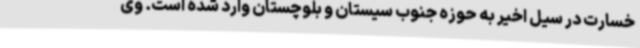
خسارت در سیل اخیر به حوزه جنوب سیستان و بلوچستان وارد شده است. وی